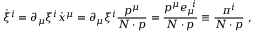
\dot { \xi } ^ { i } = \partial _ { \mu } \xi ^ { i } \dot { x } ^ { \mu } = \partial _ { \mu } \xi ^ { i } \frac { p ^ { \mu } } { N \cdot p } = \frac { p ^ { \mu } e _ { \mu } ^ { \; \; i } } { N \cdot p } \equiv \frac { \pi ^ { i } } { N \cdot p } \; ,